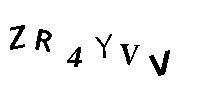
ZR4YVV